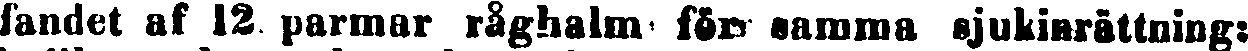
fandet af 12 parmar råghalm för samma sjukinrättning: